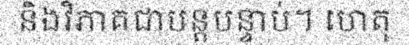
និងវិភាគជាបន្តបន្ទាប់។ ហេតុ